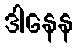
ဒါနေန